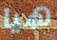
هيا